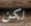
لكن